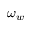
\omega _ { w }